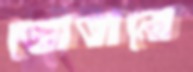
জোতানো